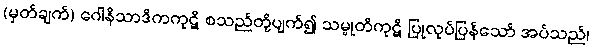
(မှတ်ချက်) ဂေါနိသာဒိကကုဋိ စသည်တို့ပျက်၍ သမ္မုတိကုဋိ ပြုလုပ်ပြန်သော် အပ်သည်၊